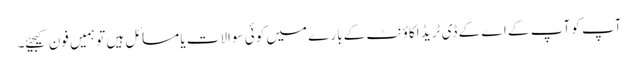
آپ کو آپ کے اے کے ڈی ٹریڈ اکاؤنٹ کے بارے میں کوئی سوالات یا مسائل ہیں تو ہمیں فون کیجیئے۔